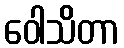
ဝေါသိတာ